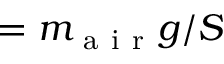
= m _ { \mathrm { ~ a ~ i ~ r ~ } } g / S